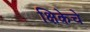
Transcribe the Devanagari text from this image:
क्षिकेचे